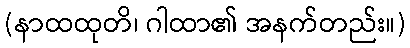
(နာထထုတိ၊ ဂါထာ၏ အနက်တည်း။)